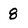
Character: 8